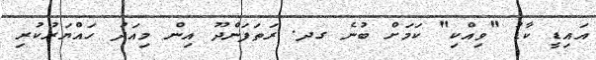
އައިޑީ ކާޑު "ވިއްކި" ކަމަށް ބުނެ ގދ. ރަތަފަންދޫ އިން މިއަދު ހައްޔަރުކުރި